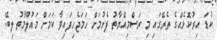
ކުޑަ އިރުކޮޅެއްގެ ތެރޭގައި މި ރަސްމިއްޔާތު ފެށުމަށް ހަމަޖެހިފައިވާ ކަމަށް މައުލޫމާތު ލިބޭ.